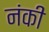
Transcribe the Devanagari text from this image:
नंकी